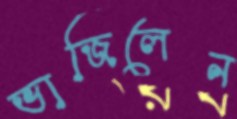
ভাজিলেন